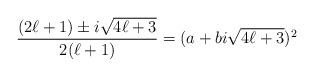
LaTeX: \begin{align*}\frac{(2 \ell +1) \pm i \sqrt{4 \ell + 3}}{2(\ell + 1)} = (a + b i \sqrt{4 \ell + 3})^2\end{align*}